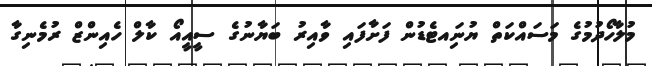
މުލާހޯދުމުގެ މަސައްކަތް ޔުނަިއޓެޑުން ފަށާފައި ވާއިރު ބަޔާނުގެ ސީއީއޯ ކާލް ހެއިންޒް ރުމެނިގާ